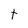
Character: t